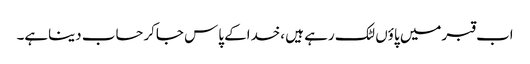
اب قبرمیں پاؤں لٹک رہے ہیں ،خداکے پاس جاکرحساب دیناہے۔